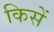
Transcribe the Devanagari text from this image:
किसें